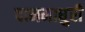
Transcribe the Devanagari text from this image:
दानमाधुरी